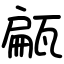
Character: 甂